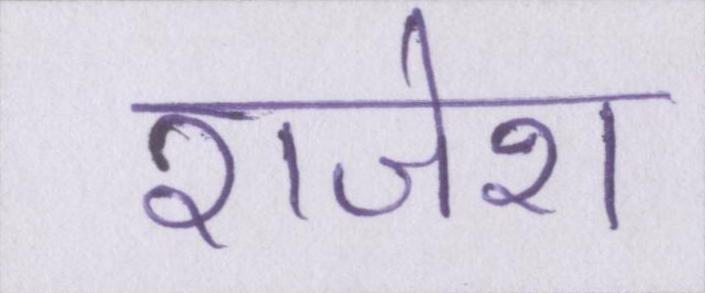
राजेश